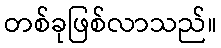
တစ်ခုဖြစ်လာသည်။